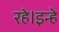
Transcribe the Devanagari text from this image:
रहे।इन्हे